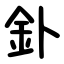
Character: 釙